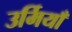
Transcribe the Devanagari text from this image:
उर्मियाँ